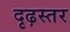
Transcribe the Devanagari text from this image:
दृढ़स्तर